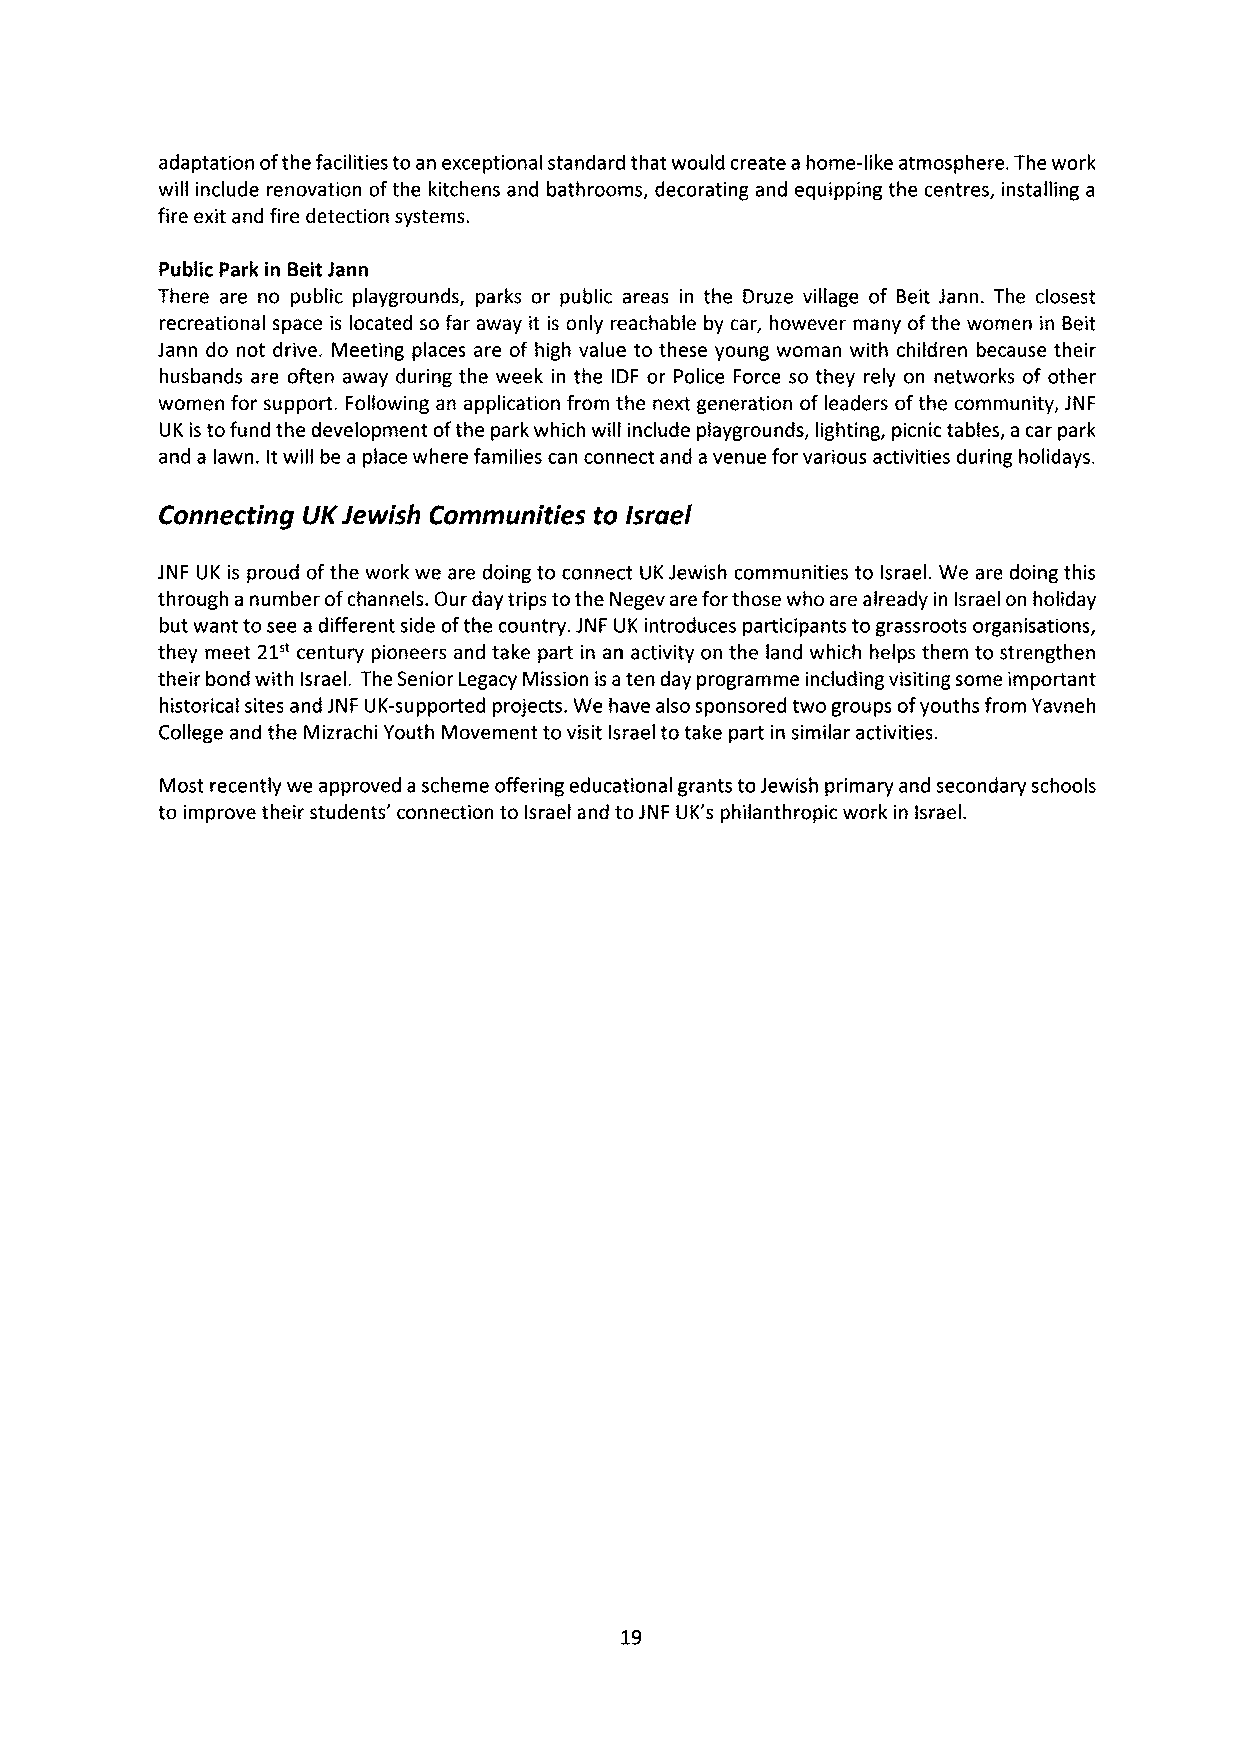
adaptation ofthe facilities to an exceptional standard that would create a home-like atmosphere. The work
 will include renovation ofthe kitchens and bathrooms, decorating and equipping the centres, installing a
 fire exit and fire detection systems.
 Public Park in BeitJann
 There are no public playgrounds, parks or public areas in the Druze village of Beit Jann. The closest
 recreational space is located so far away it is only reachable by car, however many ofthe women in Beit
 Jann do not drive. Meeting places are of high value to these young woman with children because their
 husbands are often away during the week in the IDF or Police Force so they rely on networks of other
 women for support. Following an application from the next generation of leaders ofthe community, JNF
 UK is to fund the development ofthe park which will include playgrounds, lighting, picnic tables, a car park
 and a lawn. Itwill be a place where families can connect and a venue for various activities during holidays.
 Connecting UKJewish Communities to israel
 JNF UK is proud ofthe work we are doing to connect UK Jewish communities to Israel. We are doing this
 through a number ofchannels. Our day trips tothe Negev are forthose who are already in Israel on holiday
 but want to see a different side ofthe country. JNF UK introduces participants to grassroots organisations,
 they meet 21" century pioneers and take part in an activity on the land which helps them to strengthen
 their bond with Israel. The Senior Legacy Mission is aten day programme including visiting some important
 historical sites and JNF UK-supported projects. We have also sponsored two groups ofyouths from Yavneh
 College and the Mizrachi Youth Movement to visit Israel to take part in similar activities.
 Most recently we approved a scheme offering educational grants toJewish primary and secondary schools
 to improve their students' connection to Israel and to JNF UK's philanthropic work in Israel.
 19